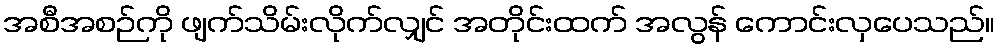
အစီအစဉ်ကို ဖျက်သိမ်းလိုက်လျှင် အတိုင်းထက် အလွန် ကောင်းလှပေသည်။